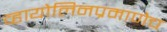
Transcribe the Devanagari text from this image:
व्हायोलिनप्रमाणेच